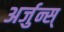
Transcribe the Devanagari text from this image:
अर्जुन्स्